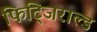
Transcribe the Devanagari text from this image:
फिट्जिराल्ड